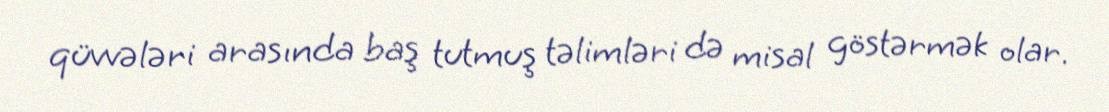
qüvvələri arasında baş tutmuş təlimləri də misal göstərmək olar.